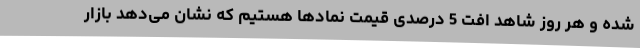
شده و هر روز شاهد افت 5 درصدی قیمت نمادها هستیم که نشان می‌دهد بازار